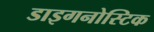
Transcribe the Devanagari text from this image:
डाइगनोस्टिक